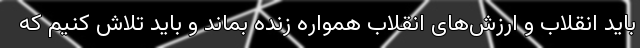
باید انقلاب و ارزش‌های انقلاب همواره زنده بماند و باید تلاش کنیم که